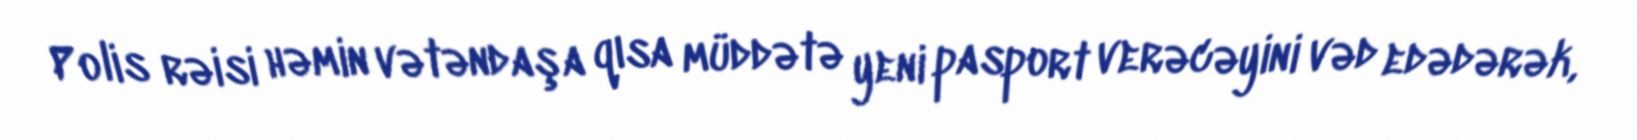
Polis rəisi həmin vətəndaşa qısa müddətə yeni pasport verəcəyini vəd edədərək,